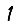
Digit: 1